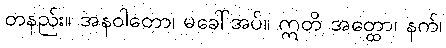
တနည်း။ အနဝါတော၊ မခေါ်အပ်။ ဣတိ အတ္ထော၊ နက်၊